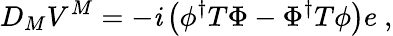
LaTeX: D_{M}V^{M}=-\mathit{i}\left(\phi^{\dagger}T\Phi-\Phi^{\dagger}T\phi\right)e~,